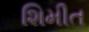
શિમીત